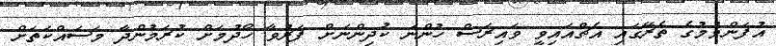
އުފަންވުމުގެ ތެރޭގައި އެޗްއައިވީ ވައިރަސް ހުންނަ ކުދިންނަށް ފަރުވާ ހޯދުމަށް ކުރަމުންދާ މަސައްކަތަށް